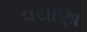
વયાણા